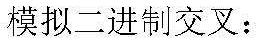
模拟二进制交叉：